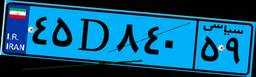
۴۵D۸۴۰۵۹